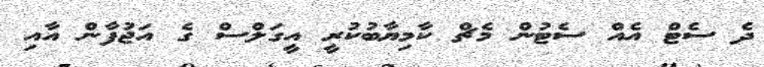
ދެ ސެޓް އެއް ސެޓުން މެޗް ކާމިޔާބުކުރީ އީގަލްސް ގެ އަޖުފާން އާއި